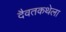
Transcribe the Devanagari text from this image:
दैवतकथेला